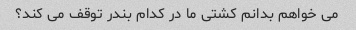
می خواهم بدانم کشتی ما در کدام بندر توقف می کند؟